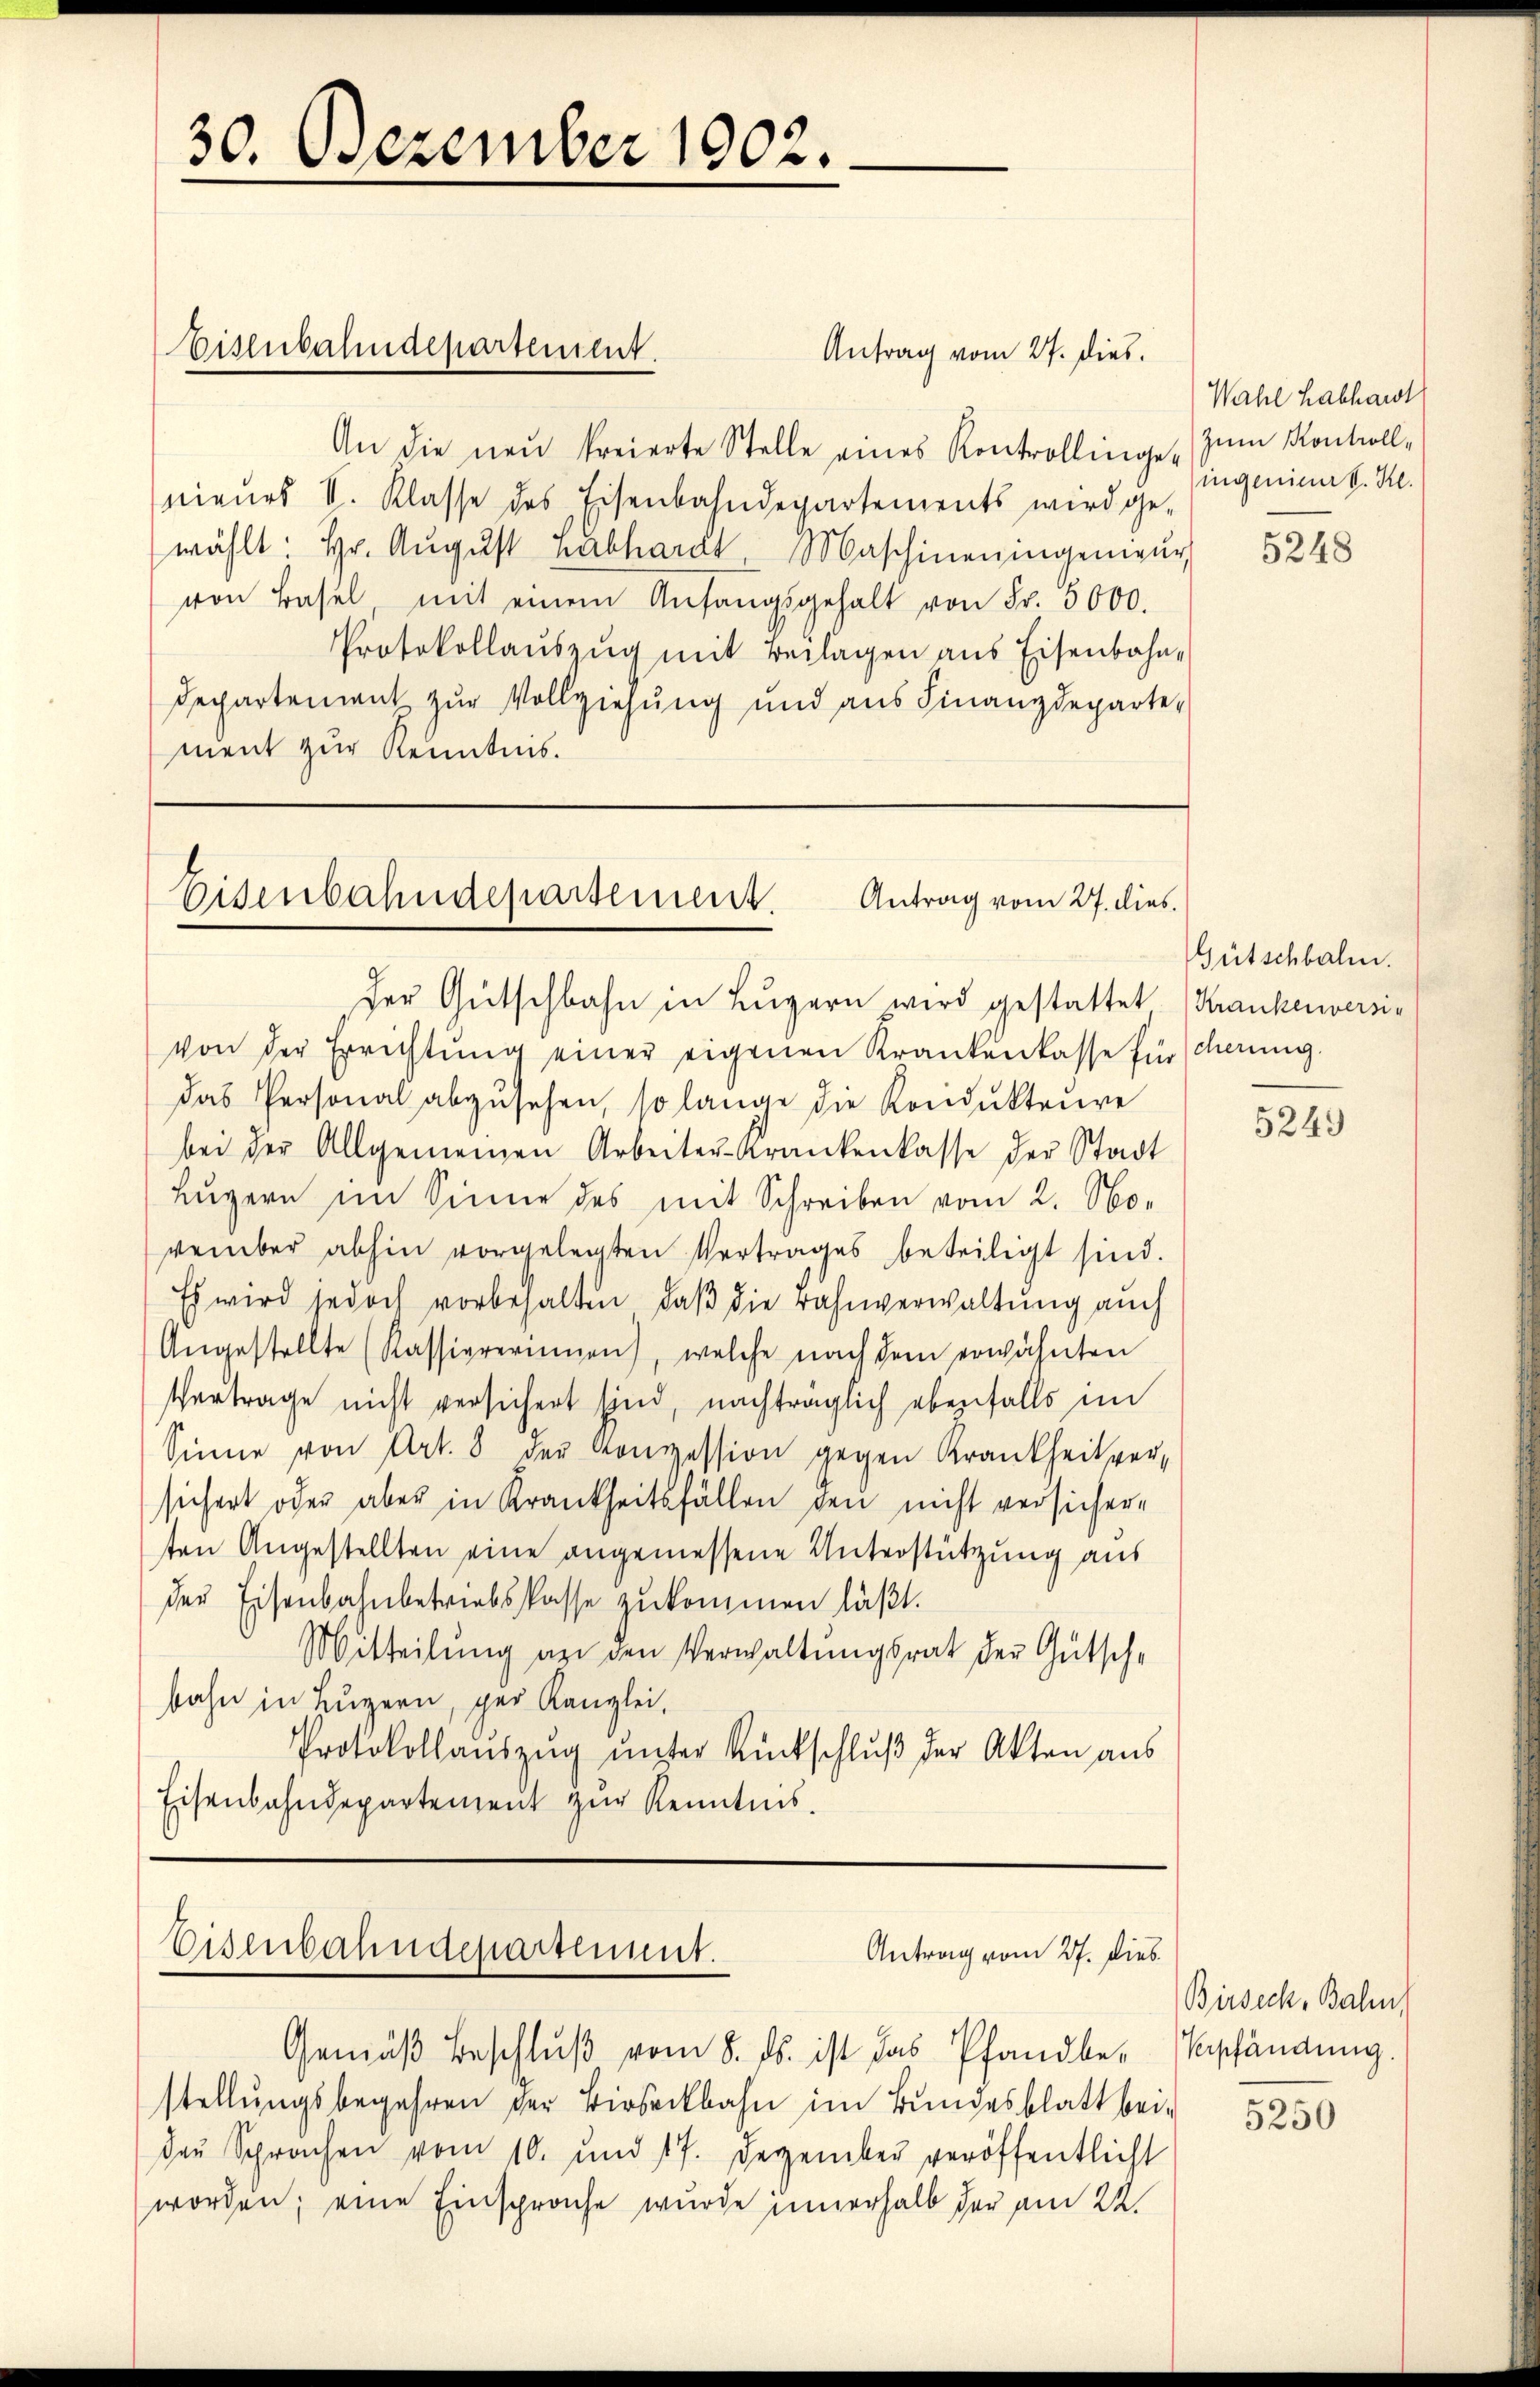
30. Dezember 1902.

Antrag vom 27. dies
An die neŭ freierte Stelle eines Kontrollinge zum Kontroll,
nieurs II. Klasse des Eisenbahndepartements wird ge-
wählt: Hr. Aŭgŭst Labhardt, Maschineningenieŭr
von Basel mit einem Anfangsgehalt von Fr. 5000.
PProtokollauszug mit Beilagen aus Eisenbahn¬
Departement zur Vollziehung und aus Finanzdeparte-
ment zur Kenntnis.

Eisenbahndepartement.

Eisenbahndepartement. Antrag vom 27. dies

Der Gütschbahn in Luzern wird gestattet
von der Errichtŭng einer eigenen Krankenkasse für scherung.
das Personal abzŭsehen, so lange die Kondukteure
bei der Allgemeinen Arbeiten Krankenkasse der Stadt
Lŭzern im Sinne des mit Schreiben vom 2. No-
vember abhin vorgelegten Vertrages beteiligt sind.
Es wird jedoch vorbehalten, daβ die Bahnverwaltung auch
Angestellte (Kassiererinnen), welche nach dem erwähnten
Vertrage nicht versichert sind, nachträglich ebenfalls im
Sinne von Art. 8 der Konzession gegen Krankheit versichert oder aber in Krankheitsfällen den nicht versichere
ten Angestellten eine angemessene Unterstützung aus
der Eisenbahnbetriebskasse zukommen läßt.
Mitteilung an den Verwaltungsrat der Gutsche
bahn in Luzern, per Kanzlei,
Protokollauszug unter Rückschluß der Akten aus
Eisenbahndepartement zŭr Kenntnis.

Eisenbahndepartement.
Antrag vom 27. dies

Gemäß Beschluß vom 8. ds. ist das Pfandbestellungsbegehren der Birseckbahn im Bundesblatt beider Sprachen vom 10. und 17. Dezember veröffentlicht
worden; eine Einsprache wurde innerhalb der am 22.

Wahl habhardt
ingenieur d. Re

5248

Gütschbalm.
Krankenvers

5249

Birseck, Bahn,
Verpfändung.
5250